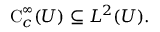
\operatorname { C } _ { c } ^ { \infty } ( U ) \subseteq L ^ { 2 } ( U ) .